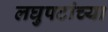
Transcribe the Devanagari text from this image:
लघुपटांच्या